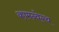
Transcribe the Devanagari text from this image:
कामन्वेल्थ